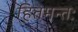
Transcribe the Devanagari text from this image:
हितमन्तः